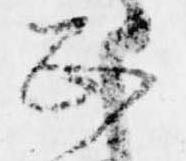
正